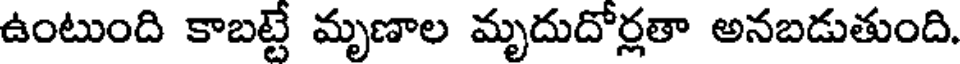
ఉంటుంది కాబట్టే మృణాల మృదుదోర్లతా అనబడుతుంది.